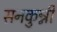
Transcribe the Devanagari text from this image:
सनकुन्नी